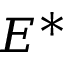
E ^ { * }